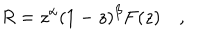
LaTeX: R = z ^ { \alpha } ( 1 - z ) ^ { \beta } F ( z ) \quad ,